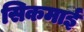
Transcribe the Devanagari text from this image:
सिकमाई